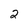
Character: 2